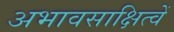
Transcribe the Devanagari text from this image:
अभावसाक्षित्वें